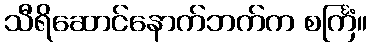
သီရိဆောင်နောက်ဘက်က စင်္ကြံ။